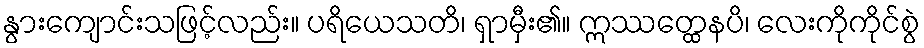
နွားကျောင်းသဖြင့်လည်း။ ပရိယေသတိ၊ ရှာမှီး၏။ ဣဿတ္ထေနပိ၊ လေးကိုကိုင်စွဲ